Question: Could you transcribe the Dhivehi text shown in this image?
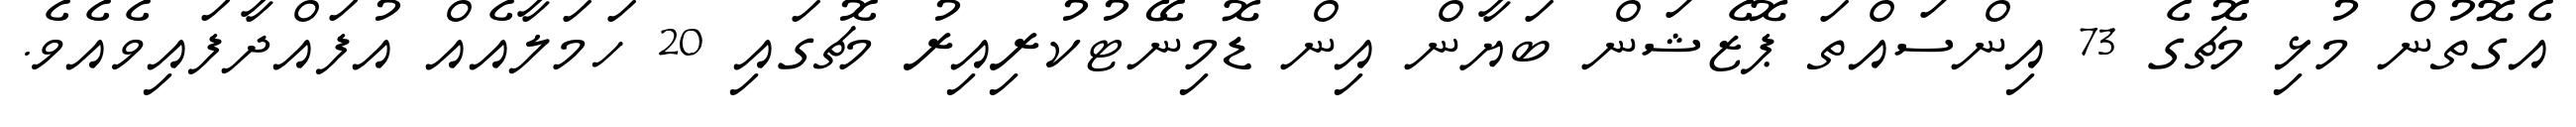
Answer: އެގޮތުން މުޅި މެޗުގެ 73 އިންސައްތަ ޕޮޒެޝަން ބަޔާން އިން ޑޮމިނޭޓުކުރިއިރު މެޗުގައި 20 ހަމަލާއެއް އުފައްދާފައިވެއެވެ.